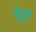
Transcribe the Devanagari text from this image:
तेढी